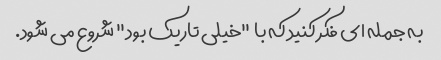
به جمله ای فکر کنید که با "خیلی تاریک بود" شروع می شود.